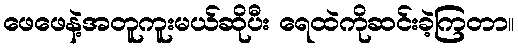
ဖေဖေနဲ့အတူကူးမယ်ဆိုပီး ရေထဲကိုဆင်းခဲ့ကြတာ။